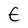
Character: E